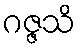
ဂဇ္ဇသိ